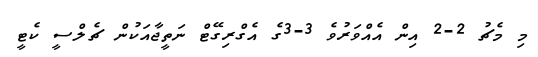
މި މެޗު 2-2 އިން އެއްވަރުވެ 3-3ގެ އެގްރިގޭޓް ނަތީޖާއަކުން ޗެލްސީ ކެޓީ